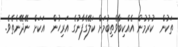
ތަކުން  ކުރުމުން އެއްކިބާވެތިބުމަށް ކަލޭގެފާނުގެ އަރިހުން  އަކަށް ނޭދޭނެތެވެ.